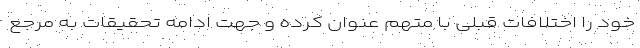
خود را اختلافات قبلی با متهم عنوان کرده و جهت ادامه تحقیقات به مرجع